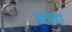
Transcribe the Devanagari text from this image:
ब्रावा